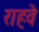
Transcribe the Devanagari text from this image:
राहवे